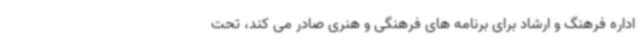
اداره فرهنگ و ارشاد برای برنامه های فرهنگی و هنری صادر می کند، تحت